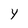
Character: Y